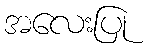
အလေးပြု